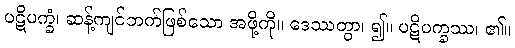
ပဋိပက္ခံ၊ ဆန့်ကျင်ဘက်ဖြစ်သော အဖို့ကို။ ဒေဿတွာ၊ ၍။ ပဋိပက္ခဿ၊ ၏။